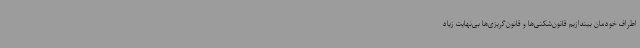
اطراف خودمان بیندازیم قانون‌شکنی‌ها و قانون‌گریزی‌ها بی‌نهایت زیاد